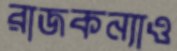
রাজকন্যাও